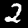
Digit: 2